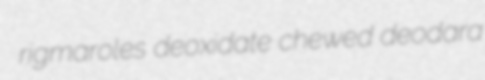
rigmaroles deoxidate chewed deodara